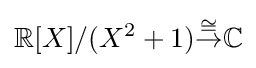
\mathbb {R} [X]/(X^{2}+1){\stackrel {\cong }{\to }}\mathbb {C}